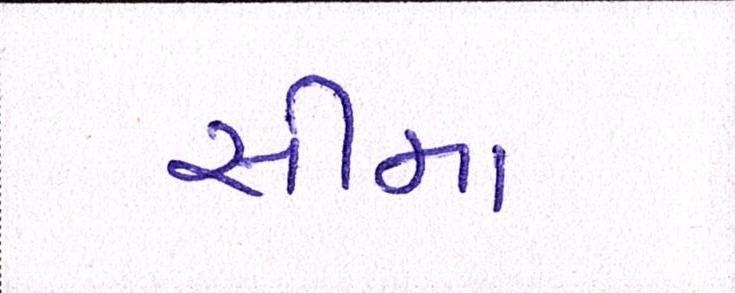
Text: સીમા